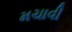
મચાવી